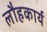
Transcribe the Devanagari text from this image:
लौहकार्य